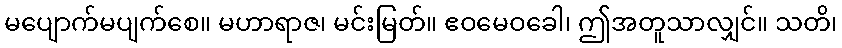
မပျောက်မပျက်စေ။ မဟာရာဇ၊ မင်းမြတ်။ ဧဝမေဝခေါ၊ ဤအတူသာလျှင်။ သတိ၊